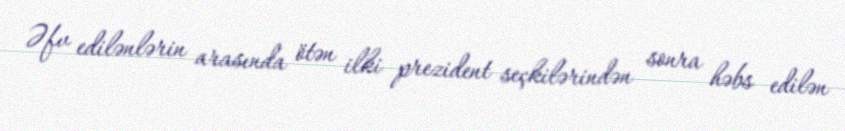
Əfv edilənlərin arasında ötən ilki prezident seçkilərindən sonra həbs edilən